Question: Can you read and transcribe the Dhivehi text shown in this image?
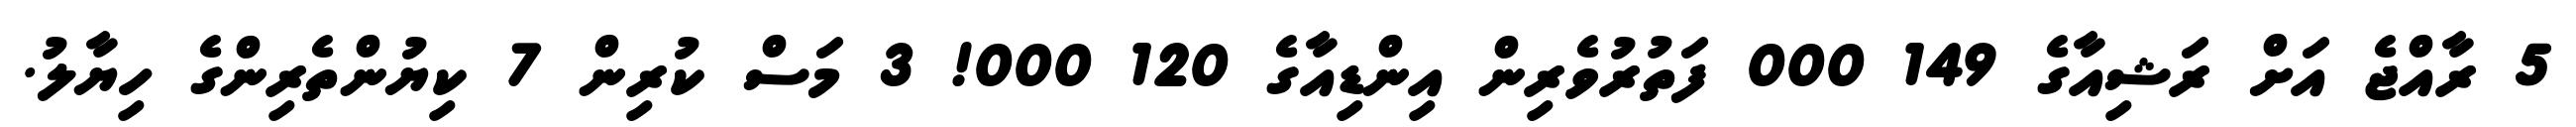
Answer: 5 ރާއްޖެ އަށް ރަޝިއާގެ 149 000 ފަތުރުވެރިން އިންޑިއާގެ 120 000! 3 މަސް ކުރިން 7 ކިޔުންތެރިންގެ ހިޔާލު.